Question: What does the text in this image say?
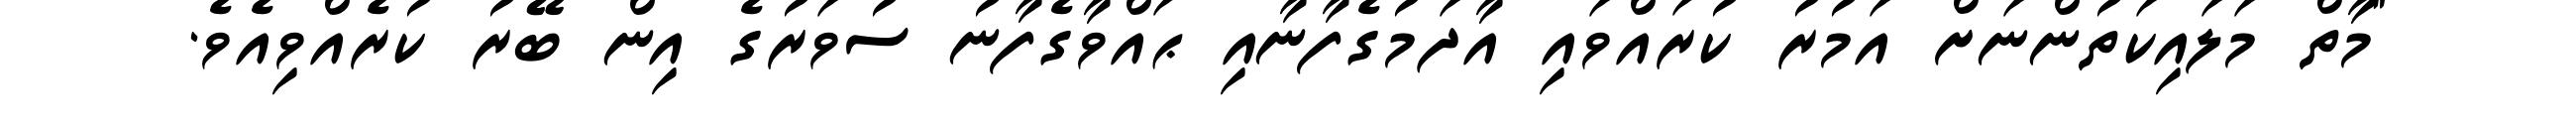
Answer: "މާތް މަލައިކަތުންނަށް އަމުރު ކުރައްވައި އާދަމުގެފާނާއި ޙައްވާގެފާނު ސުވަރުގެ އިން ބޭރު ކުރެއްވިއެވެ.